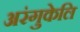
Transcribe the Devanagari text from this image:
अरंगुकेलि